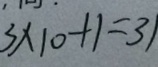
3 \times 1 0 + 1 = 3 1